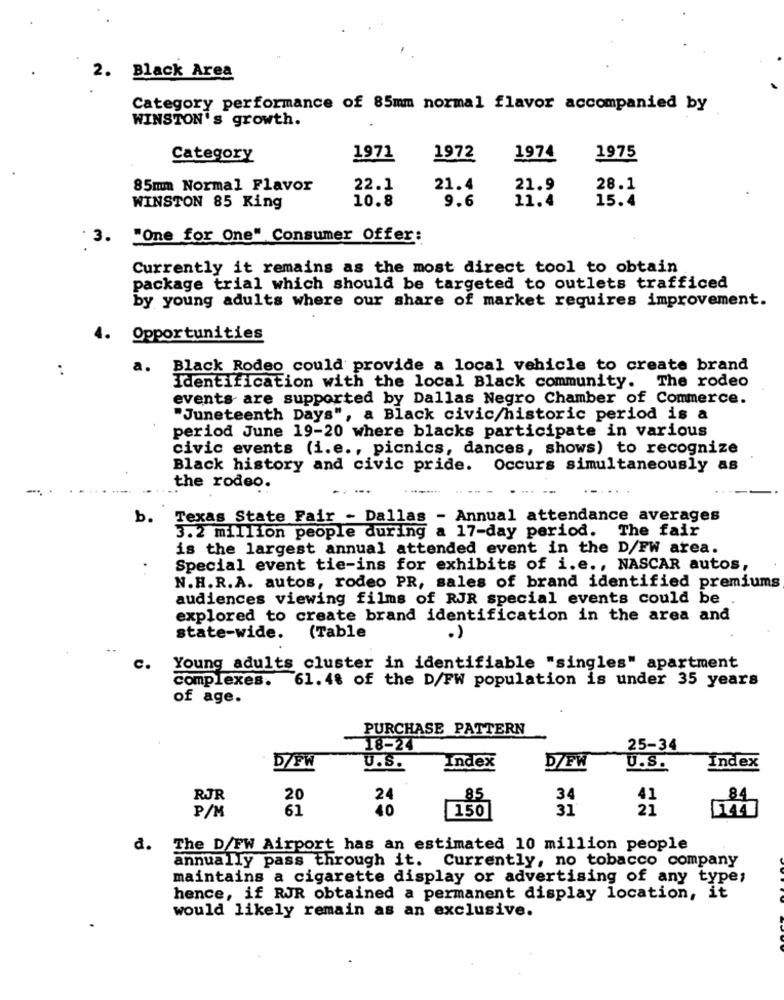
2. Black Area
Category performance of 85mm normal flavor accompanied by
WINSTON's growth.
Category
1971
1972
1974
1975
85mm Normal Flavor
22.1
21.4
21.9
28.1
10.8
9.6
15.4
WINSTON 85 King
11.4
.3.
"One for One" Consumer Offer:
Currently it remains as the most direct tool to obtain
package trial which should be targeted to outlets trafficed
by young adults where our share of market requires improvement.
4.
Opportunities
a.
Black Rodeo could provide a local vehicle to create brand
Identification with the local Black community. The rodeo
events are supported by Dallas Negro Chamber of Commerce.
"Juneteenth Days", a Black civic/historic period is a
period June 19-20 where blacks participate in various
civic events (i.e ., picnics, dances, shows) to recognize
Black history and civic pride. Occurs simultaneously as
the rodeo.
b.
Texas State Fair - Dallas - Annual attendance averages
3.2 million people during a 17-day period. The fair
is the largest annual attended event in the D/FW area.
Special event tie-ins for exhibits of i.e ., NASCAR autos,
N.H.R.A. autos, rodeo PR, sales of brand identified premiums
audiences viewing films of RJR special events could be
explored to create brand identification in the area and
state-wide.
(Table
.)
c.
Young adults cluster in identifiable "singles" apartment
complexes. 61. 48 of the D/FW population is under 35 years
of age.
PURCHASE PATTERN
18-24
25-34
Index
D/FW
U.S.
Index
D/FW
U.S.
RJR
85
34
40
150
31
21
144
P/M
d. The D/FW Airport has an estimated 10 million people
annually pass through it. Currently, no tobacco company
maintains a cigarette display or advertising of any type;
hence, if RJR obtained a permanent display location, it
would likely remain as an exclusive.